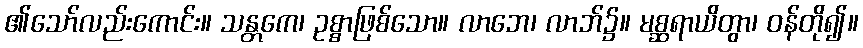
၏သော်လည်းကောင်း။ သန္တကေ၊ ဥစ္စာဖြစ်သော။ လာဘေ၊ လာဘ်၌။ မစ္ဆရာယိတွာ၊ ဝန်တို၍။